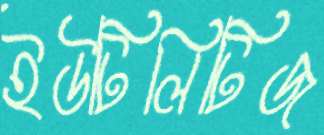
ইউটিলিটিজ